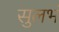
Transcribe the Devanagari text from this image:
सुलभं